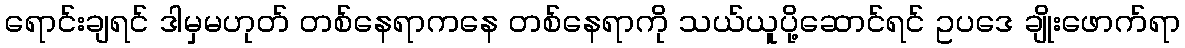
ရောင်းချရင် ဒါမှမဟုတ် တစ်နေရာကနေ တစ်နေရာကို သယ်ယူပို့ဆောင်ရင် ဥပဒေ ချိုးဖောက်ရာ